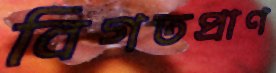
বিগতপ্রাণ